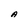
Character: A